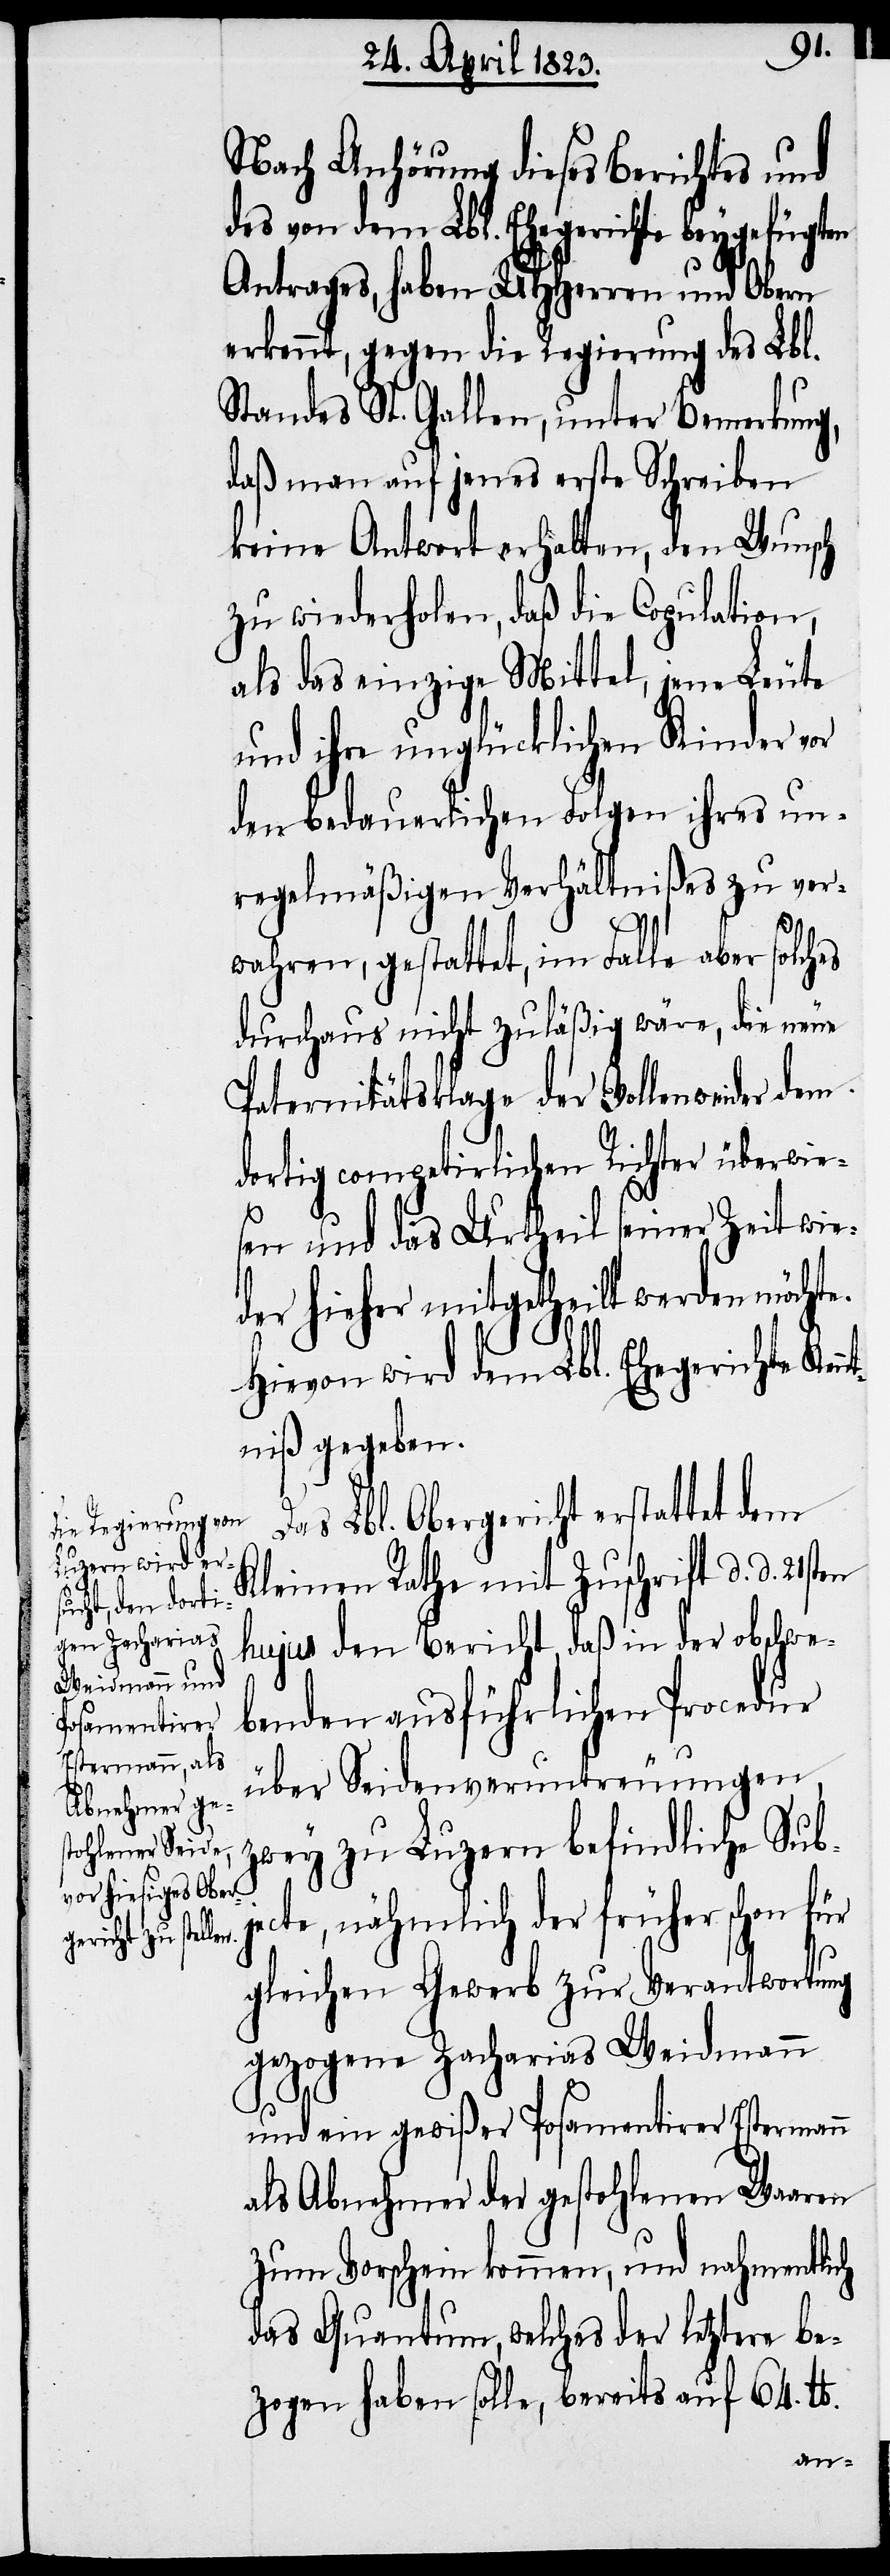
Nach Anhörung dieses Berichtes und
des von dem Lbl. Ehegerichte beygefügten
Antrages, haben UHHerren und Obern
erkennt, gegen die Regierung des Lbl.
Standes St. Gallen, unter Bemerkung,
daß man auf jenes erste Schreiben
keine Antwort erhalten, den Wunsch
zu wiederholen, daß die Copulation,
als das einzige Mittel, jene Leute
und ihre unglücklichen Kinder vor
den bedauerlichen Folgen ihres un¬
regelmäßigen Verhältnißes zu ver¬
wahren, gestattet, im Falle aber solch¬
durchaus nicht zuläßig wäre, die neue
Paternitätsklage der Vollenweider dem
dortig competirlichen Richter überwie¬
sen und das Urtheil seiner Zeit wie¬
der hieher mitgetheilt werden möchte.
Hievon wird dem Lbl. Ehegerichte Ken¬
ntniß gegeben.
Das Lbl. Obergericht erstattet dem
Kleinen Rathe mit Zuschrift d. d. 21sten
hujus den Bericht, daß in der obschwe¬
benden ausführlichen Procedur
über Seidenveruntreuungen,
zwey zu Luzern befindliche Sub¬
jecte, nähmlich der früher schon für
gleichen Gewerb zur Verantwortung
gezogene Zacharias Weidmann
und ein gewißer Posamentirer Estermann
als Abnehmer der gestohlenen Waaren
zum Vorschein kommen, und nahmentlich
das Quantum, welches der letztere be¬
zogen haben solle, bereits auf 64. lb.
es